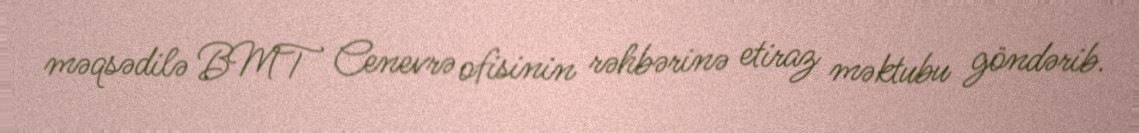
məqsədilə BMT Cenevrə ofisinin rəhbərinə etiraz məktubu göndərib.